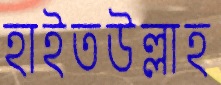
হাইতউল্লাহ